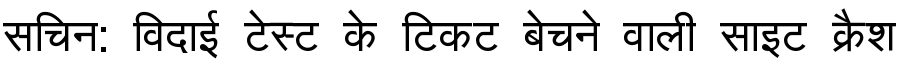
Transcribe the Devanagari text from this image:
सचिन: विदाई टेस्ट के टिकट बेचने वाली साइट क्रैश